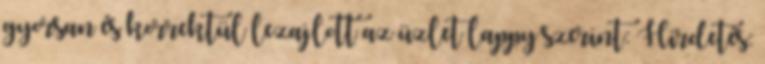
gyorsan és korrektül lezajlott az üzlet lappy szerint: Hirdetés: